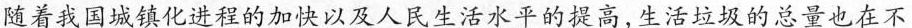
随着我国城镇化进程的加快以及人民生活水平的提高，生活垃圾的总量也在不